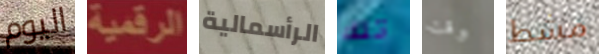
اليوم الرقمية الرأسمالية تلك وقت مشط